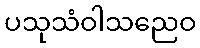
ပသုသံဝါသညေဝ